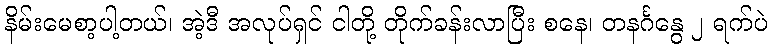
နိမ်းမေစာ့ပါ့တယ်၊ အဲ့ဒီ အလုပ်ရှင် ငါတို့ တိုက်ခန်းလာပြီး စနေ၊ တနင်္ဂနွေ ၂ ရက်ပဲ